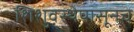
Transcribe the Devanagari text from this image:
शिशुवस्थेपासूनच